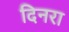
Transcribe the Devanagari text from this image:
दिनरा